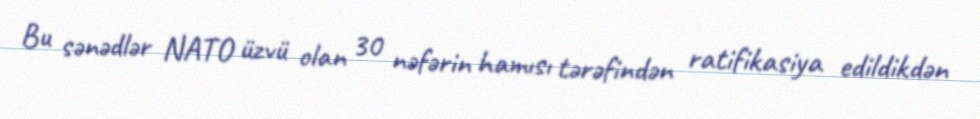
Bu sənədlər NATO üzvü olan 30 nəfərin hamısı tərəfindən ratifikasiya edildikdən